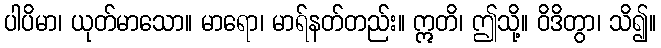
ပါပိမာ၊ ယုတ်မာသော။ မာရော၊ မာရ်နတ်တည်း။ ဣတိ၊ ဤသို့။ ဝိဒိတွာ၊ သိ၍။